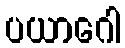
ပယာဂေါ